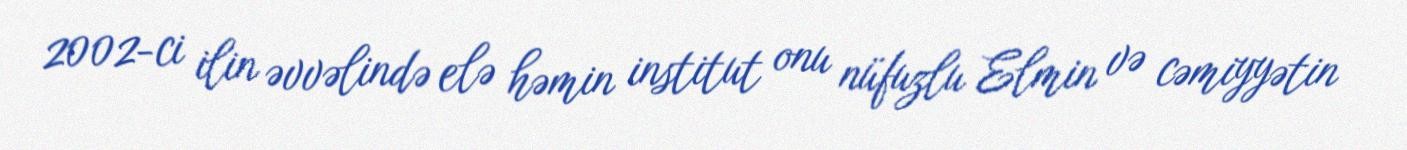
2002-ci ilin əvvəlində elə həmin institut onu nüfuzlu Elmin və cəmiyyətin